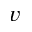
v